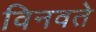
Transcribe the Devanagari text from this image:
विनवते